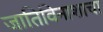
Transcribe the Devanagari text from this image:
जातिविनाशाचा